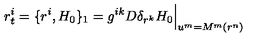
r _ { t } ^ { i } = \{ r ^ { i } , H _ { 0 } \} _ { 1 } = g ^ { i k } D \delta _ { r ^ { k } } H _ { 0 } \Big | _ { u ^ { m } = M ^ { m } ( r ^ { n } ) }